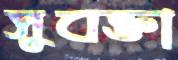
সুবক্তা